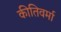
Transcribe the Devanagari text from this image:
कीतिवर्मा